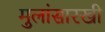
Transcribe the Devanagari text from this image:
मुलांसारखी